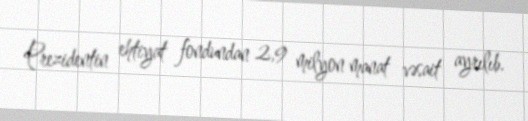
Prezidentin ehtiyat fondundan 2,9 milyon manat vəsait ayrılıb.